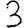
Digit: 3